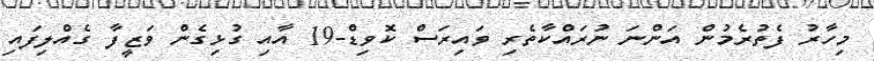
މިހާރު ފެތުރެމުން އަންނަ ނުރައްކާތެރި ވައިރަސް ކޮވިޑް-19 އާއި ގުޅިގެން ވަޒީފާ ގެއްލިފައި